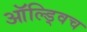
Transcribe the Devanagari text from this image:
ऑल्ड्विच